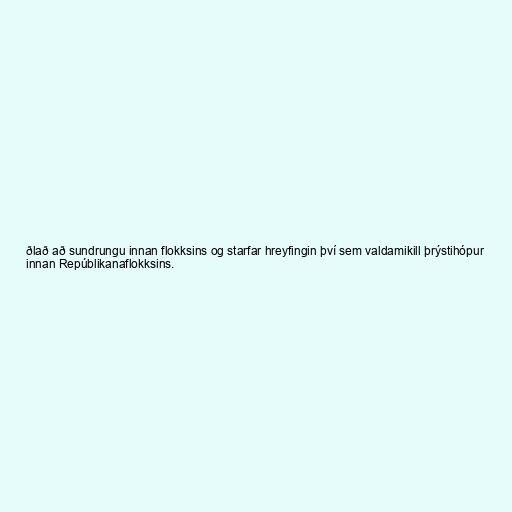
ðlað að sundrungu innan flokksins og starfar hreyfingin því sem valdamikill þrýstihópur
innan Repúblikanaflokksins.